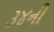
૩૪ની